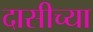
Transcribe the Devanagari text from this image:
दासीच्या